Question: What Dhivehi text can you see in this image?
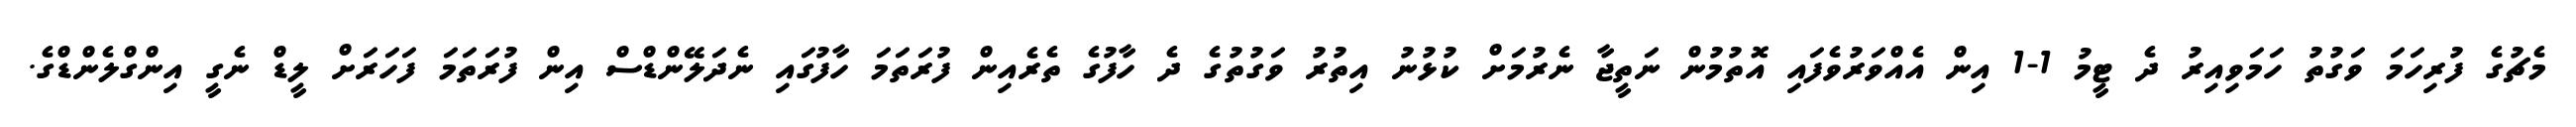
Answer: މެޗުގެ ފުރިހަމަ ވަގުތު ހަމަވިއިރު ދެ ޓީމު 1-1 އިން އެއްވަރުވެފައި އޮތުމުން ނަތީޖާ ނެރުމަށް ކުޅުނު އިތުރު ވަގުތުގެ ދެ ހާފުގެ ތެރެއިން ފުރަތަމަ ހާފުގައި ނެދަލޭންޑްސް އިން ފުރަތަމަ ފަހަރަށް ލީޑް ނެގީ އިންގްލެންޑްގެ.